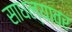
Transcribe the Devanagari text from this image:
साधल्यावर